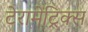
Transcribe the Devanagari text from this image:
टेरामेट्रिक्स